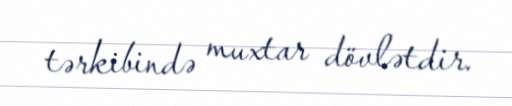
tərkibində muxtar dövlətdir.